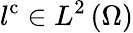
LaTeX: l^{\mathrm{{c}}}\in{L}^{2}\left(\Omega\right)